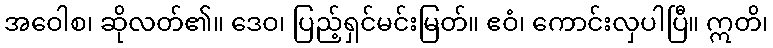
အဝေါစ၊ ဆိုလတ်၏။ ဒေဝ၊ ပြည့်ရှင်မင်းမြတ်။ ဧဝံ၊ ကောင်းလှပါပြီ။ ဣတိ၊